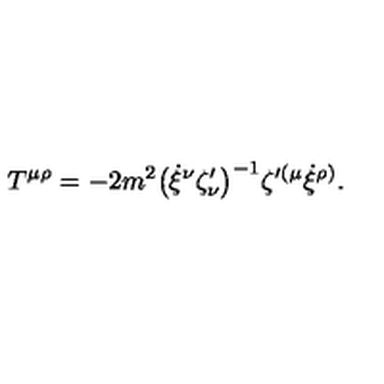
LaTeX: T { ^ { \mu \rho } } = - 2 m ^ { 2 } \big ( \dot { \xi } { ^ \nu } \zeta _ { \nu } ^ { \prime } \big ) ^ { - 1 } \zeta { ^ { \prime ( \mu } } \dot { \xi } { ^ { \rho ) } } .